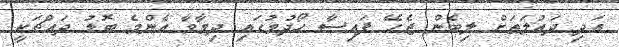
އަދި ދައުލަތަށް ލިބެން ޖެހޭ ފައިސާ ހޯދުމުގައި ދިމާވާ އެންމެ ބޮޑު ދައްޗަކީ